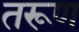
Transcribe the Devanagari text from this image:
तरूण